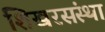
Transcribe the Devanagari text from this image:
शिखरसंस्था